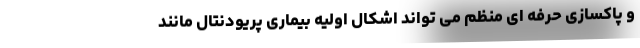
و پاکسازی حرفه ای منظم می تواند اشکال اولیه بیماری پریودنتال مانند